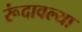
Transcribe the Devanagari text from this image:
रूंदावल्या